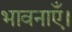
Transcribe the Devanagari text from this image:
भावनाएँ।